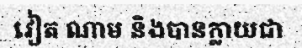
វៀត ណាម និងបានក្លាយជា